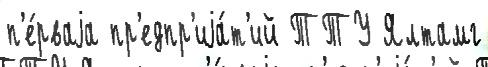
п'е́рваjа пр'едпр'иjа́т'ий ТТУ Ялтамг